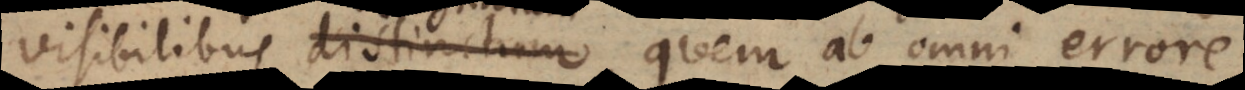
visibilibus distinctum, quem ab omni errore